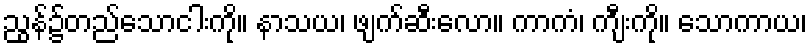
ညွန်၌တည်သောငါးကို။ နာသယ၊ ဖျက်ဆီးလော။ ကာကံ၊ ကျီးကို။ သောကာယ၊